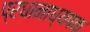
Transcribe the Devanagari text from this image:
प्रधानाध्यपक